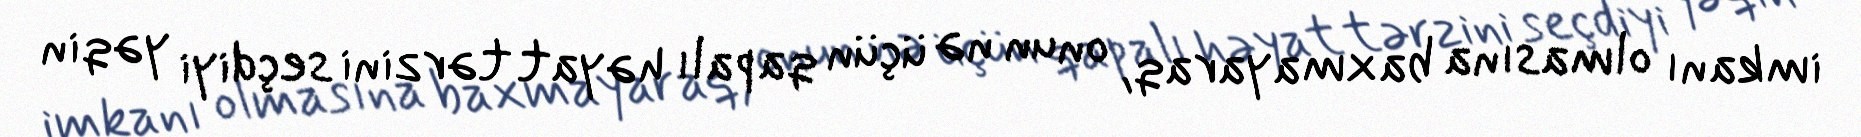
imkanı olmasına baxmayaraq, onun nə üçün qapalı həyat tərzini seçdiyi yəqin